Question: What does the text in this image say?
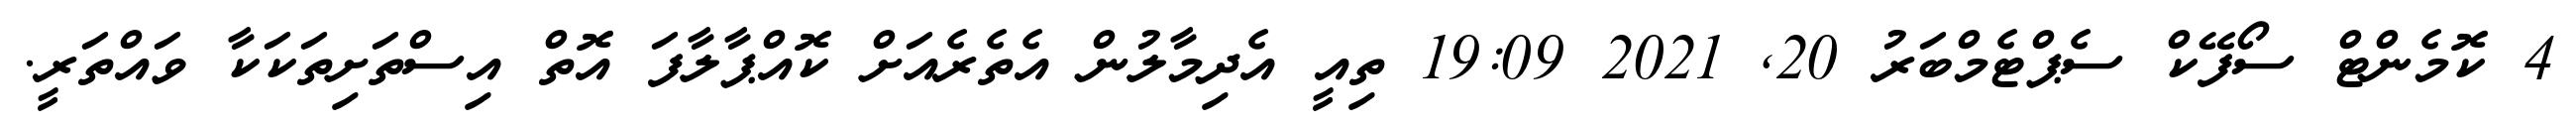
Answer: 4 ކޮމެންޓް ސޯފޭކް ސެޕްޓެމްބަރު 20, 2021 19:09 ތިއީ އެދިމާލުން އެތެރެއަށް ކޮއްޕާލާފަ އޮތް އިސްތަށިތަކަކާ ވައްތަރީ.